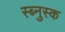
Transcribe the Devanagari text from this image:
स्ब्नुस्क